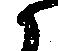
候